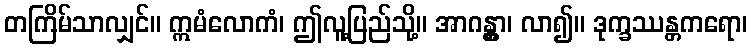
တကြိမ်သာလျှင်။ ဣမံလောကံ၊ ဤလူ့ပြည်သို့။ အာဂန္တွာ၊ လာ၍။ ဒုက္ခဿန္တကရော၊